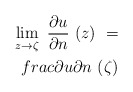
\begin{align*} \lim\limits_{z\to\zeta}\ \frac{\partial u}{\partial n}\ (z)\ =\\frac{\partial u}{\partial n}\ (\zeta)\end{align*}